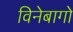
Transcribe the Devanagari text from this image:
विनेबागो